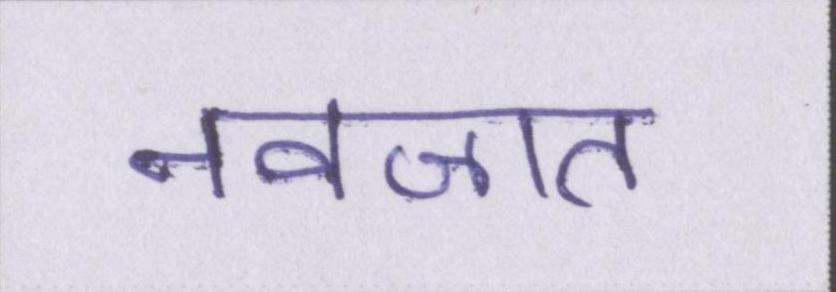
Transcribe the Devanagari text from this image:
नवजात